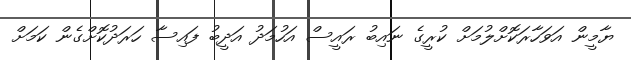
ޔާމީން އަވަހާރަކޮށްލުމަށް ކުރީގެ ނައިބު ރައީސް އަހުމަދު އަދީބު ފައިސާ ހަރަދުކޮށްގެން ކަމަށް